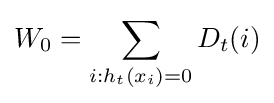
W_{0}=\sum _{i:h_{t}(x_{i})=0}D_{t}(i)